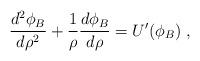
LaTeX: \begin{align*}\frac{d^2\phi_B}{d\rho^2}+ \frac{1}{\rho} \frac{d\phi_B}{d\rho}=U'(\phi_B)\; ,\end{align*}